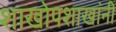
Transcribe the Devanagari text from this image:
शाखोपशाखांनी